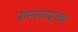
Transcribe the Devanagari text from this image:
समस्यासुलझ